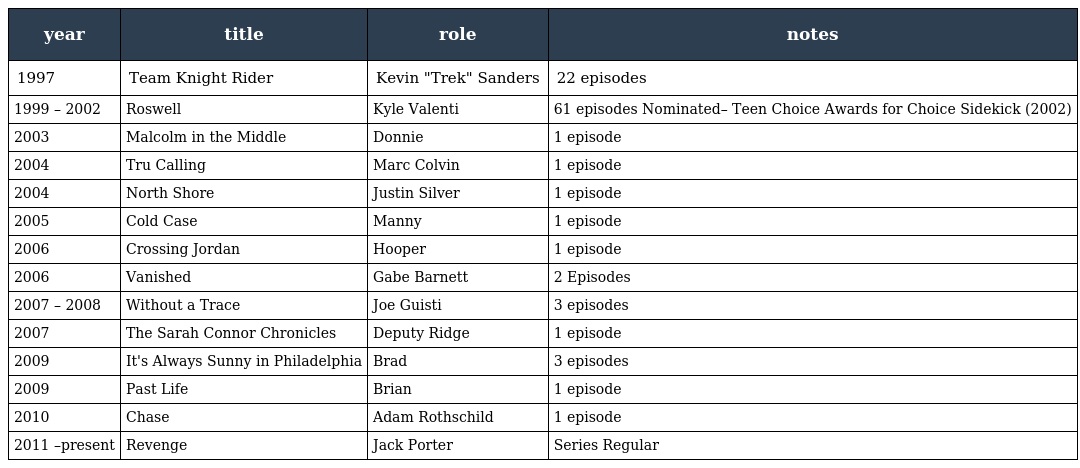
| year | title | role | notes |
 | --- | --- | --- | --- |
 | 1997 | Team Knight Rider | Kevin "Trek" Sanders | 22 episodes |
 | 1999 – 2002 | Roswell | Kyle Valenti | 61 episodes Nominated– Teen Choice Awards for Choice Sidekick (2002) |
 | 2003 | Malcolm in the Middle | Donnie | 1 episode |
 | 2004 | Tru Calling | Marc Colvin | 1 episode |
 | 2004 | North Shore | Justin Silver | 1 episode |
 | 2005 | Cold Case | Manny | 1 episode |
 | 2006 | Crossing Jordan | Hooper | 1 episode |
 | 2006 | Vanished | Gabe Barnett | 2 Episodes |
 | 2007 – 2008 | Without a Trace | Joe Guisti | 3 episodes |
 | 2007 | The Sarah Connor Chronicles | Deputy Ridge | 1 episode |
 | 2009 | It's Always Sunny in Philadelphia | Brad | 3 episodes |
 | 2009 | Past Life | Brian | 1 episode |
 | 2010 | Chase | Adam Rothschild | 1 episode |
 | 2011 –present | Revenge | Jack Porter | Series Regular |